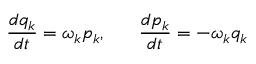
\frac { d q _ { k } } { d t } = \omega _ { k } p _ { k } , ~ ~ ~ ~ ~ \frac { d p _ { k } } { d t } = - \omega _ { k } q _ { k }